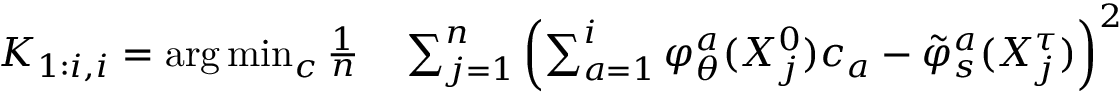
\begin{array} { r l } { K _ { 1 : i , i } = \arg \operatorname* { m i n } _ { c } \frac { 1 } { n } } & { { } \sum _ { j = 1 } ^ { n } \left( \sum _ { a = 1 } ^ { i } \varphi _ { \theta } ^ { a } ( X _ { j } ^ { 0 } ) c _ { a } - \tilde { \varphi } _ { s } ^ { a } ( X _ { j } ^ { \tau } ) \right) ^ { 2 } } \end{array}